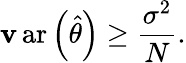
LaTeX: \operatorname{\mathbf{v}ar}\left({\hat{{\theta}}}\right)\geq{\frac{{\sigma^{2}}}{{N}}}.